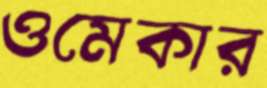
ওমেকার